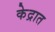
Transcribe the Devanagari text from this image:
केद्रात